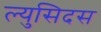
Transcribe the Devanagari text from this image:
ल्युसिदस